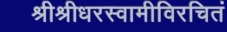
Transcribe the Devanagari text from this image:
श्रीश्रीधरस्वामीविरचितं